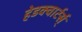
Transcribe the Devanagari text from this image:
हेडक्वार्टर्स्